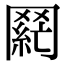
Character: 𮊌